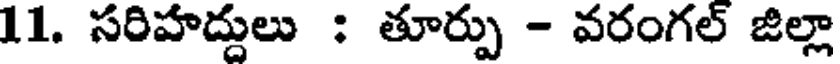
11. సరిహద్దులు : తూర్పు - వరంగల్ జిల్లా